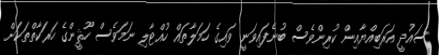
ސައުދީ އަރަބިއްޔާއިން ކުރިންވެސް ބުނެފައިވަނީ ވައިގެ ހަމަލާތައް ހުއްޓާލި ނަމަވެސް ހޫޘީންގެ ހަރަކާތްތަކަށް